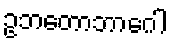
ဥဘတောဘာဂေါ